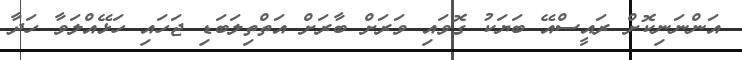
އަންނަނިކޮށް ރައީސްއޭ ބަޔަކު ގޮވައި ވަރަށް ބާރަށް އަތްތިލަބަޑި ޖަހައި ހަޅޭއްލަވާ ހަދާ